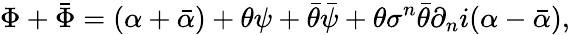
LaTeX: \Phi+\bar{\Phi}=(\alpha+\bar{\alpha})+\theta\psi+\bar{\theta}\bar{\psi}+\theta\sigma^{n}\bar{\theta}\partial_{n}i(\alpha-\bar{\alpha}),